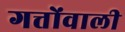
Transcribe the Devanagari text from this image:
गत्तोंवाली